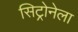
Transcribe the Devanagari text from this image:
सिट्रोनेला